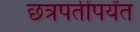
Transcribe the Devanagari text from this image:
छत्रपतींपर्यंत